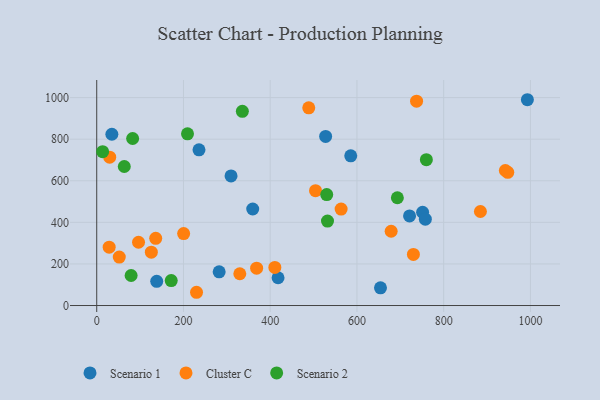
{"axis": {"x": "Price", "y": "Exam Score"}, "legend": ["Cluster C", "Scenario 1", "Scenario 2"], "data": [{"x": "418.1", "y": 133.5, "type": "Scenario 1"}, {"x": "359.7", "y": 464.2, "type": "Scenario 1"}, {"x": "993.0", "y": 989.8, "type": "Scenario 1"}, {"x": "282.3", "y": 162.0, "type": "Scenario 1"}, {"x": "654.3", "y": 84.9, "type": "Scenario 1"}, {"x": "585.7", "y": 719.8, "type": "Scenario 1"}, {"x": "721.3", "y": 431.1, "type": "Scenario 1"}, {"x": "527.8", "y": 813.1, "type": "Scenario 1"}, {"x": "138.3", "y": 116.6, "type": "Scenario 1"}, {"x": "309.7", "y": 623.5, "type": "Scenario 1"}, {"x": "751.4", "y": 448.5, "type": "Scenario 1"}, {"x": "34.9", "y": 823.8, "type": "Scenario 1"}, {"x": "757.7", "y": 415.4, "type": "Scenario 1"}, {"x": "235.8", "y": 748.8, "type": "Scenario 1"}, {"x": "942.2", "y": 649.3, "type": "Cluster C"}, {"x": "200.4", "y": 346.1, "type": "Cluster C"}, {"x": "96.4", "y": 304.4, "type": "Cluster C"}, {"x": "410.7", "y": 183.4, "type": "Cluster C"}, {"x": "125.9", "y": 256.6, "type": "Cluster C"}, {"x": "52.0", "y": 232.8, "type": "Cluster C"}, {"x": "504.5", "y": 552.3, "type": "Cluster C"}, {"x": "488.9", "y": 950.9, "type": "Cluster C"}, {"x": "230.1", "y": 63.7, "type": "Cluster C"}, {"x": "329.9", "y": 152.9, "type": "Cluster C"}, {"x": "737.5", "y": 982.7, "type": "Cluster C"}, {"x": "947.8", "y": 640.4, "type": "Cluster C"}, {"x": "29.9", "y": 713.4, "type": "Cluster C"}, {"x": "136.0", "y": 323.3, "type": "Cluster C"}, {"x": "678.9", "y": 357.2, "type": "Cluster C"}, {"x": "730.2", "y": 245.7, "type": "Cluster C"}, {"x": "884.7", "y": 452.2, "type": "Cluster C"}, {"x": "563.5", "y": 463.9, "type": "Cluster C"}, {"x": "28.7", "y": 280.5, "type": "Cluster C"}, {"x": "368.7", "y": 179.7, "type": "Cluster C"}, {"x": "760.1", "y": 701.3, "type": "Scenario 2"}, {"x": "335.8", "y": 934.1, "type": "Scenario 2"}, {"x": "63.5", "y": 668.6, "type": "Scenario 2"}, {"x": "209.3", "y": 825.9, "type": "Scenario 2"}, {"x": "82.8", "y": 803.3, "type": "Scenario 2"}, {"x": "532.1", "y": 406.2, "type": "Scenario 2"}, {"x": "13.6", "y": 740.0, "type": "Scenario 2"}, {"x": "693.2", "y": 518.3, "type": "Scenario 2"}, {"x": "79.3", "y": 144.4, "type": "Scenario 2"}, {"x": "530.3", "y": 533.5, "type": "Scenario 2"}, {"x": "171.8", "y": 120.0, "type": "Scenario 2"}]}